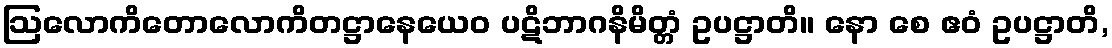
ဩလောကိတောလောကိတဋ္ဌာနေယေဝ ပဋိဘာဂနိမိတ္တံ ဥပဋ္ဌာတိ။ နော စေ ဧဝံ ဥပဋ္ဌာတိ,